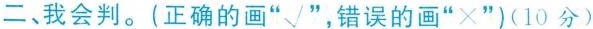
二、我会判。(正确的画”√”，错误的画”×”)(10分)